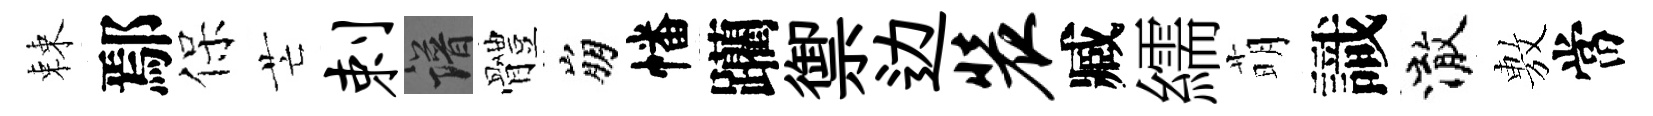
棘鄢保芒剌譜體崩幡躪禦边装臧繻萌識澈𢾾當